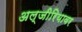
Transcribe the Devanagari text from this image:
अल्जीरियावर